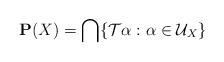
LaTeX: \begin{align*}\mathbf{ P}(X ) =\bigcap \{\mathcal{T}\alpha:\alpha\in \mathcal{U}_X \}\end{align*}